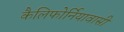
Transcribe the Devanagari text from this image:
कैलिफोर्नियावासी